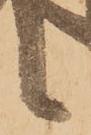
候